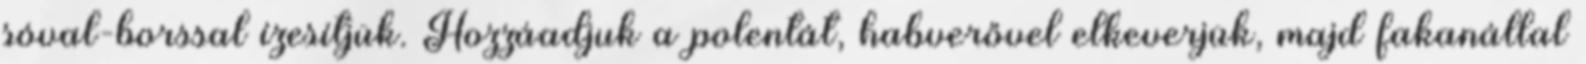
sóval-borssal ízesítjük. Hozzáadjuk a polentát, habverővel elkeverjük, majd fakanállal